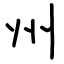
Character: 州